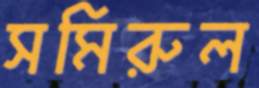
সমিরুল